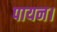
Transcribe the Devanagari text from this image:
पायन।